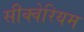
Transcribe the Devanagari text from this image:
सीक्वेरियम